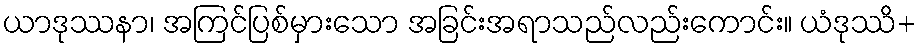
ယာဒုဿနာ၊ အကြင်ပြစ်မှားသော အခြင်းအရာသည်လည်းကောင်း။ ယံဒုဿိ+